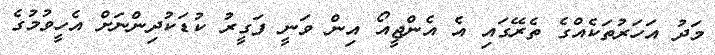
މަދު އަހަރުތަކެއްގެ ތެރޭގައި އެ އެންޖީއޯ އިން ވަނީ ފަގީރު ކުޑަކުދިންނަށް އެހީވުމުގެ